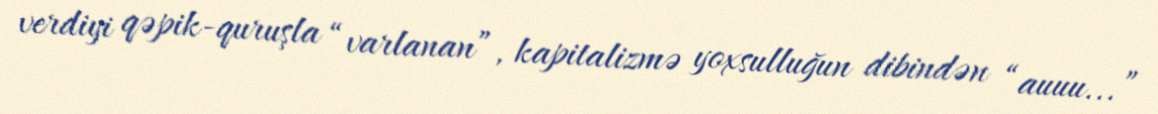
verdiyi qəpik-quruşla “varlanan”, kapitalizmə yoxsulluğun dibindən “auuu...”